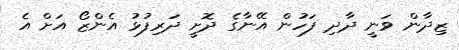
ޒިދާން ވަނީ ދާދި ފަހުން އޭނާގެ ދޮށީ ދަރިފުޅު އެންޒޯ އަށް އެ